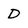
Character: D